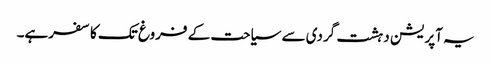
یہ آپریشن دہشت گردی سے سیاحت کے فروغ تک کا سفرہے۔